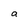
Character: a